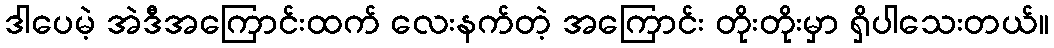
ဒါပေမဲ့ အဲဒီအကြောင်းထက် လေးနက်တဲ့ အကြောင်း တိုးတိုးမှာ ရှိပါသေးတယ်။